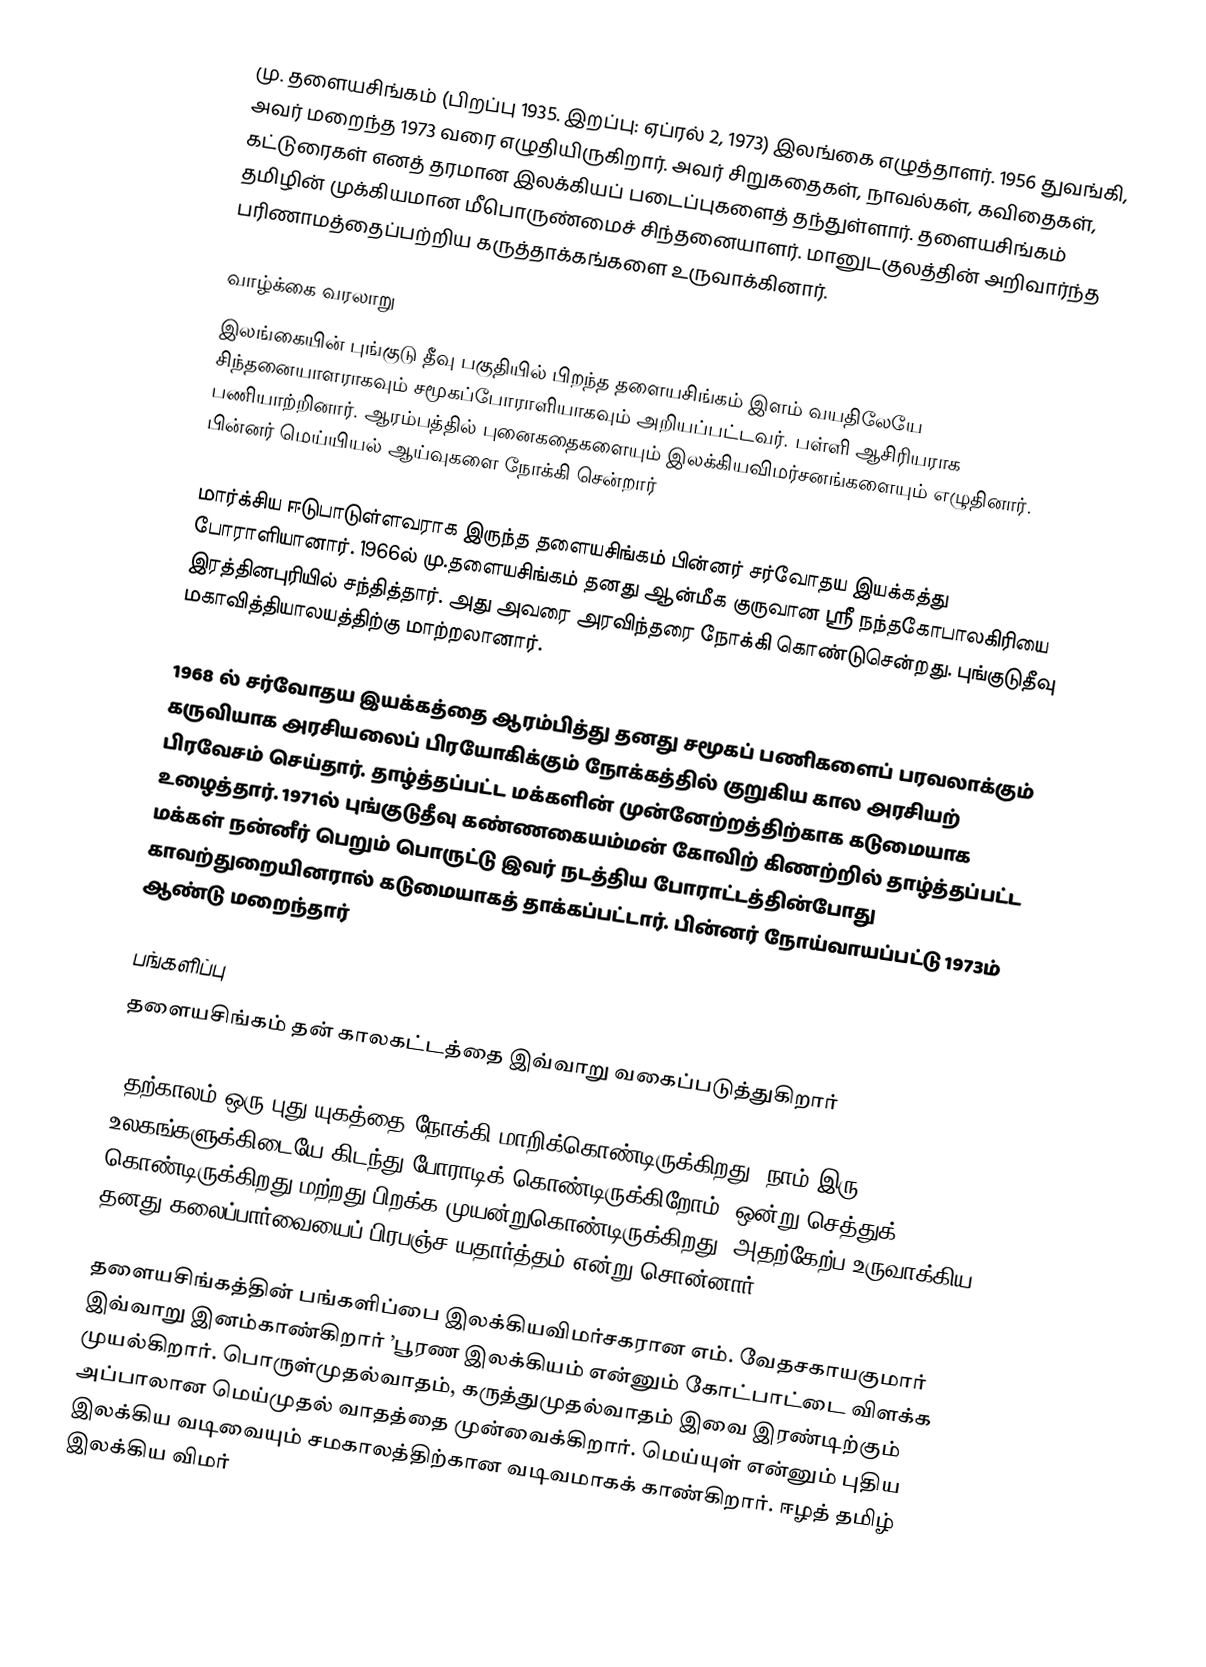
மு. தளையசிங்கம் (பிறப்பு 1935. இறப்பு: ஏப்ரல் 2, 1973) இலங்கை எழுத்தாளர். 1956 துவங்கி, அவர் மறைந்த 1973 வரை எழுதியிருகிறார். அவர் சிறுகதைகள், நாவல்கள், கவிதைகள், கட்டுரைகள் எனத் தரமான இலக்கியப் படைப்புகளைத் தந்துள்ளார். தளையசிங்கம் தமிழின் முக்கியமான மீபொருண்மைச் சிந்தனையாளர். மானுடகுலத்தின் அறிவார்ந்த பரிணாமத்தைப்பற்றிய கருத்தாக்கங்களை உருவாக்கினார்.

வாழ்க்கை வரலாறு
இலங்கையின் புங்குடு தீவு பகுதியில் பிறந்த தளையசிங்கம் இளம் வயதிலேயே சிந்தனையாளராகவும் சமூகப்போராளியாகவும் அறியப்பட்டவர். பள்ளி ஆசிரியராக பணியாற்றினார். ஆரம்பத்தில் புனைகதைகளையும் இலக்கியவிமர்சனங்களையும் எழுதினார். பின்னர் மெய்யியல் ஆய்வுகளை நோக்கி சென்றார்

மார்க்சிய ஈடுபாடுள்ளவராக இருந்த தளையசிங்கம் பின்னர் சர்வோதய இயக்கத்து போராளியானார். 1966ல் மு.தளையசிங்கம் தனது ஆன்மீக குருவான ஸ்ரீ நந்தகோபாலகிரியை இரத்தினபுரியில் சந்தித்தார். அது அவரை அரவிந்தரை நோக்கி கொண்டுசென்றது. புங்குடுதீவு மகாவித்தியாலயத்திற்கு மாற்றலானார்.

1968 ல் சர்வோதய இயக்கத்தை ஆரம்பித்து தனது சமூகப் பணிகளைப் பரவலாக்கும் கருவியாக அரசியலைப் பிரயோகிக்கும் நோக்கத்தில் குறுகிய கால அரசியற் பிரவேசம் செய்தார். தாழ்த்தப்பட்ட மக்களின் முன்னேற்றத்திற்காக கடுமையாக உழைத்தார். 1971ல் புங்குடுதீவு கண்ணகையம்மன் கோவிற் கிணற்றில் தாழ்த்தப்பட்ட மக்கள் நன்னீர் பெறும் பொருட்டு இவர் நடத்திய போராட்டத்தின்போது காவற்துறையினரால் கடுமையாகத் தாக்கப்பட்டார். பின்னர் நோய்வாயப்பட்டு 1973ம் ஆண்டு மறைந்தார்

பங்களிப்பு
தளையசிங்கம் தன் காலகட்டத்தை இவ்வாறு வகைப்படுத்துகிறார்

‘தற்காலம் ஒரு புது யுகத்தை நோக்கி மாறிக்கொண்டிருக்கிறது. நாம் இரு உலகங்களுக்கிடையே கிடந்து போராடிக் கொண்டிருக்கிறோம். ஒன்று செத்துக் கொண்டிருக்கிறது மற்றது பிறக்க முயன்றுகொண்டிருக்கிறது” அதற்கேற்ப உருவாக்கிய தனது கலைப்பார்வையைப் பிரபஞ்ச யதார்த்தம் என்று சொன்னார்

தளையசிங்கத்தின் பங்களிப்பை இலக்கியவிமர்சகரான எம். வேதசகாயகுமார் இவ்வாறு இனம்காண்கிறார் ’பூரண இலக்கியம் என்னும் கோட்பாட்டை விளக்க முயல்கிறார். பொருள்முதல்வாதம், கருத்துமுதல்வாதம் இவை இரண்டிற்கும் அப்பாலான மெய்முதல் வாதத்தை முன்வைக்கிறார். மெய்யுள் என்னும் புதிய இலக்கிய வடிவையும் சமகாலத்திற்கான வடிவமாகக் காண்கிறார். ஈழத் தமிழ் இலக்கிய விமர்